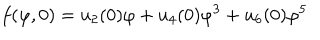
f ( \varphi , 0 ) = u _ { 2 } ( 0 ) \varphi + u _ { 4 } ( 0 ) \varphi ^ { 3 } + u _ { 6 } ( 0 ) \varphi ^ { 5 }